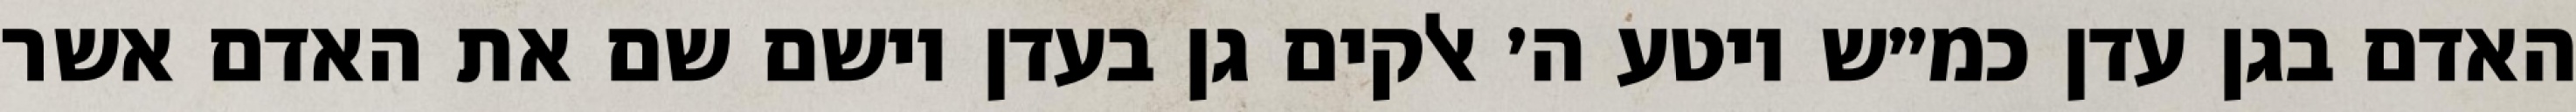
האדם בגן עדן כמ״ש ויטע ה׳ אלקים גן בעדן וישם שם את האדם אשר